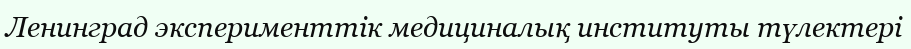
Ленинград эксперименттік медициналық институты түлектері